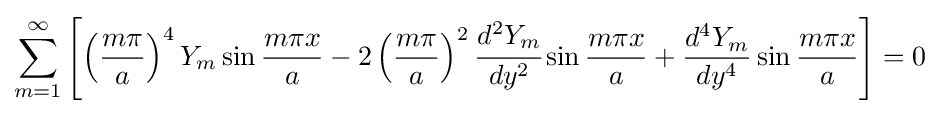
\sum _{m=1}^{\infty }\left[\left({\frac {m\pi }{a}}\right)^{4}Y_{m}\sin {\frac {m\pi x}{a}}-2\left({\frac {m\pi }{a}}\right)^{2}{\cfrac {d^{2}Y_{m}}{dy^{2}}}\sin {\frac {m\pi x}{a}}+{\frac {d^{4}Y_{m}}{dy^{4}}}\sin {\frac {m\pi x}{a}}\right]=0